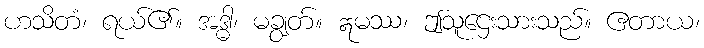
ဟသိတံ၊ ရယ်၏။ အဒ္ဓါ၊ မချွတ်။ ဣမဿ၊ ဤသူဌေးသားသည်။ ဧတာယ၊